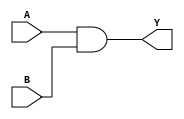
module alu_AND(A,B,Y);

input [31:0] A,B;
output wire [31:0] Y;

assign Y = A&B;


endmodule